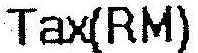
TAX(RM)